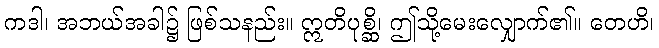
ကဒါ၊ အဘယ်အခါ၌ ဖြစ်သနည်း။ ဣတိပုစ္ဆိ၊ ဤသို့မေးလျှောက်၏။ တေဟိ၊